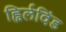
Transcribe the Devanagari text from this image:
ह्विर्लविंड